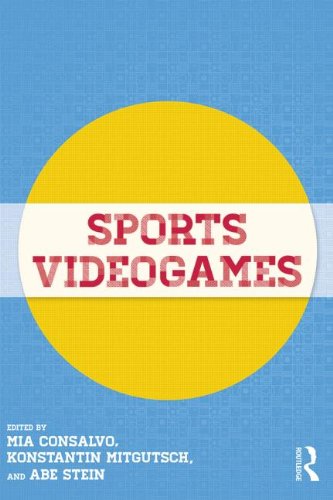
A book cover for Sports Videogames; Humor & Entertainment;